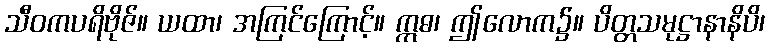
သီဝကပရိဗိုဇ်။ ယထာ၊ အကြင်ကြောင့်။ ဣဓ၊ ဤလောက၌။ ပိတ္တသမုဋ္ဌာနာနိပိ၊